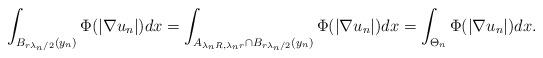
LaTeX: \begin{align*}\int_{B_{r\lambda_n/2}(y_n)} \Phi(|\nabla u_n|) dx= \int_{A_{\lambda_n R,\lambda_n r}\cap B_{{r\lambda_n/2}}(y_n)} \Phi(|\nabla u_n|) dx=\int_{\Theta_n}\Phi(|\nabla u_n|) dx.\end{align*}